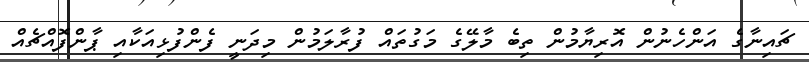
ޗައިނާގެ އަންހެނުން އޮރިޔާމުން ތިބެ މާލޭގެ މަގުތައް ފުރާލަމުން މިދަނީ ފެންފުޅިއަކާއި ޕާންފޮއްޗެއް